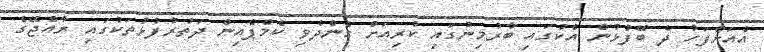
އެއަށްފަހު ދެ ބޭފުޅުން އެކުގައި ބާރުމިނުގައި ކުރިއަށް ގެންދެވި ކެމްޕެއިން ދަތުރުފުޅުތަކުގައި ރާއްޖޭގެ